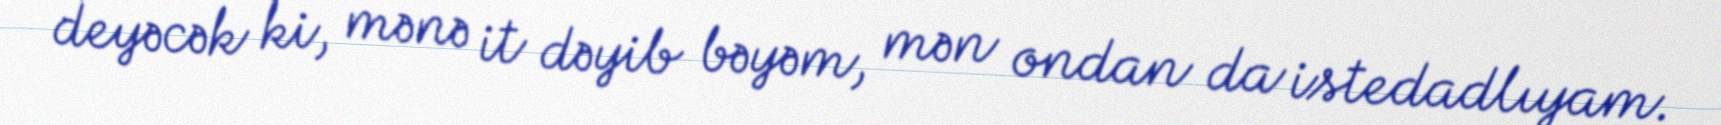
deyəcək ki, mənə it dəyib bəyəm, mən ondan da istedadlıyam.